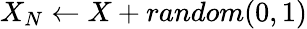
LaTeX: X_{N}\gets X+random(0,1)